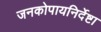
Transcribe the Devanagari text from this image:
जनकोपायनिर्देष्टा